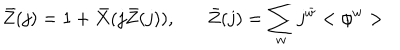
LaTeX: \bar { Z } ( j ) = 1 + \bar { X } ( j \bar { Z } ( j ) ) , \bar { Z } ( j ) = \sum _ { w } j ^ { \bar { w } } < \phi ^ { w } >